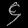
Digit: ၄